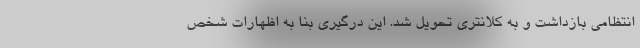
انتظامی بازداشت و به کلانتری تحویل شد. این درگیری بنا به اظهارات شخص